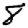
Digit: 8